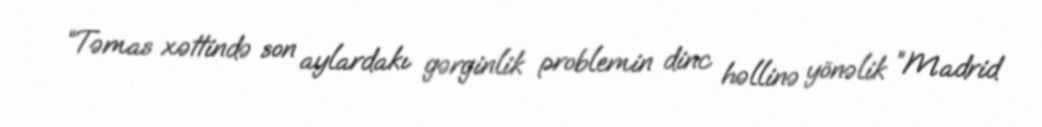
“Təmas xəttində son aylardakı gərginlik problemin dinc həllinə yönəlik ”Madrid